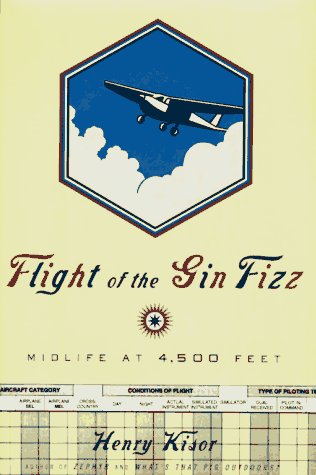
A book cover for Flight Of The Gin Fizz: Midlife At 4,500 Feet; Henry Kisor; Arts & Photography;